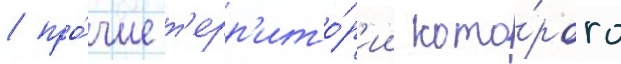
/ про́чие т'ерр'ито́р'ии кото́рого